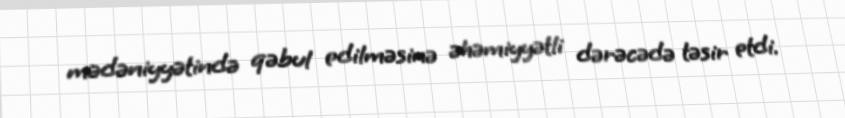
mədəniyyətində qəbul edilməsinə əhəmiyyətli dərəcədə təsir etdi.